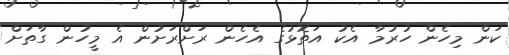
ކަން މިހެން ހުރުމާ އެކު އަތޮޅުގެ އެހެން ރަށްރަށުން އެ މީހުން ގާތަށް